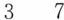
37